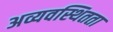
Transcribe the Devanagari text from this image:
अव्यवस्थितता